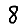
Digit: 8